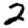
Digit: 2